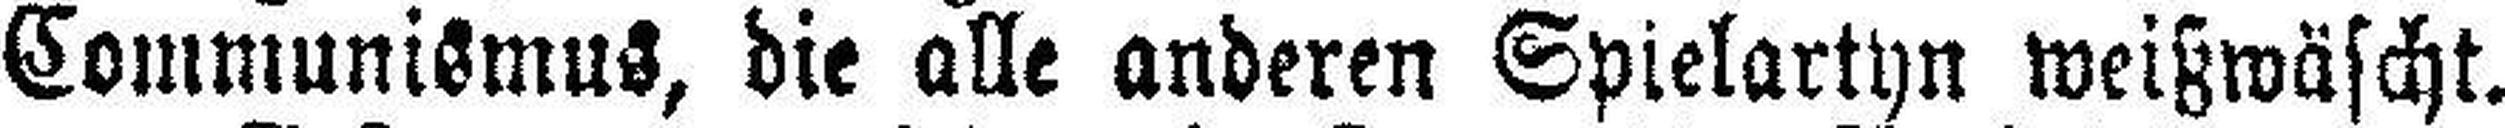
Communismus, die alle anderen Spielartyn weißwäscht.